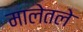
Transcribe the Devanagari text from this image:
मालेतले